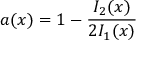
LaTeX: a ( x ) = 1 - \frac { I _ { 2 } ( x ) } { 2 I _ { 1 } ( x ) }